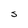
Character: S